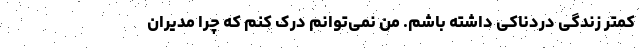
کمتر زندگی دردناکی داشته باشم. من نمی‌توانم درک کنم که چرا مدیران